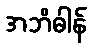
အဘိဓါန်